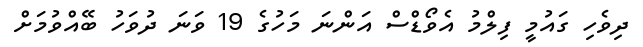
ދިވެހި ގައުމީ ފިލްމު އެވޯޑްސް އަންނަ މަހުގެ 19 ވަނަ ދުވަހު ބޭއްވުމަށް